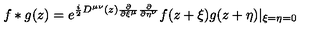
f * g ( z ) = e ^ { \frac { i } { 2 } { D } ^ { { \mu } { \nu } } ( z ) \frac { \partial } { \partial { \xi } ^ { \mu } } \frac { \partial } { \partial { \eta } ^ { \nu } } } f ( z + { \xi } ) g ( z + { \eta } ) | _ { { \xi } = { \eta } = 0 }